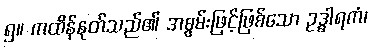
၅။ ကထိန်နုတ်သည်၏ အစွမ်းဖြင့်ဖြစ်သော ဥဒ္ဓါရကံ၊